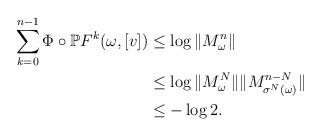
LaTeX: \begin{align*}\sum_{k=0}^{n-1}\Phi\circ \mathbb P F^k(\omega,[v])&\le\log\Vert M^n_\omega\Vert\\&\le\log \Vert M^N_\omega\Vert\Vert M^{n-N}_{\sigma^N(\omega)}\Vert\\&\le -\log 2.\end{align*}